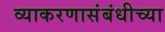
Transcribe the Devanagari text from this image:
व्याकरणासंबंधीच्या